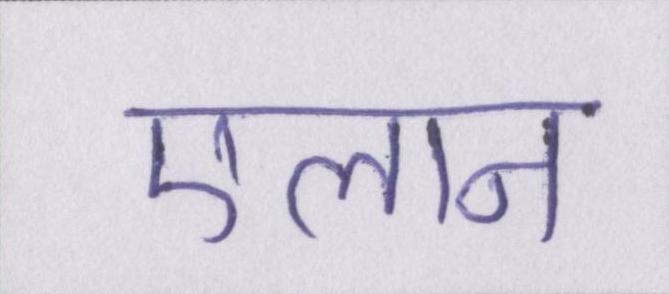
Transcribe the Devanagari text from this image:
एलान